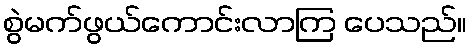
စွဲမက်ဖွယ်ကောင်းလာကြ ပေသည်။